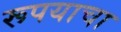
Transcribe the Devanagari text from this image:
रूपयाचा